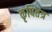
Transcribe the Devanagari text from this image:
कृषितंत्र